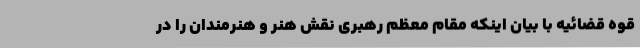
قوه قضائیه با بیان اینکه مقام معظم رهبری نقش هنر و هنرمندان را در